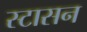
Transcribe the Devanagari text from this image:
स्टासन